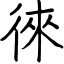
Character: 徠